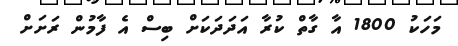
މަހަކު 1800 އާ ގާތް ކުރާ އަދަދަކަށް ބިސް އެ ފާމުން ރަށަށް